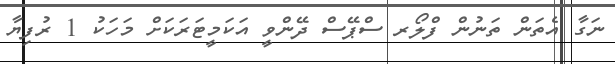
ނަގާ އެތަން ތަނުން ފްލޯރ ސްޕޭސް ދޭންވީ އަކަމީޓަރަކަށް މަހަކު 1 ރުފިޔާ